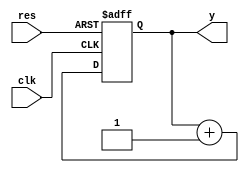
//    +=
`timescale 1ns/10ps
module con(clk, res, y);
input        clk;
input        res;
output[7:0]  y;

reg[7:0]     y;
wire[7:0]    sum;   //+1

assign       sum=y+1;
always @(posedge clk or negedge res) begin
    if(~res) begin
        y<=0;
    end
    else begin
        y<=sum;
    end
end
endmodule

module con_tb;
reg         clk, res;
wire[7:0]   y;
con con(
    .clk(clk),
    .res(res),
    .y(y)
);
initial begin
            clk <= 0; res <= 0;
    #20     res<=1;
    #6000   $stop;
end
always #5 clk=~clk;

initial begin
    $dumpfile("conv_tb.vcd");
    $dumpvars;
end
endmodule